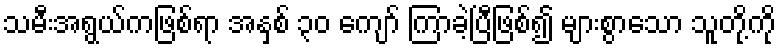
သမီးအရွယ်ကဖြစ်ရာ အနှစ် ၃၀ ကျော် ကြာခဲ့ပြီဖြစ်၍ များစွာသော သူတို့ကို